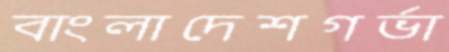
বাংলাদেশগর্ভা